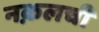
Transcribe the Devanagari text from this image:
नक़लची